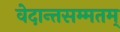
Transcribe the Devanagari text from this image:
वेदान्तसम्मतम्